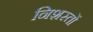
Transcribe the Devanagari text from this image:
निशस्तों